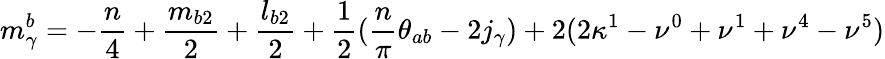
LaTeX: m_{\gamma}^{b}=-\frac{n}{4}+\frac{m_{b2}}{2}+\frac{l_{b2}}{2}+\frac{1}{2}(\frac{n}{\pi}\theta_{ab}-2j_{\gamma})+2(2\kappa^{1}-\nu^{0}+\nu^{1}+\nu^{4}-\nu^{5})